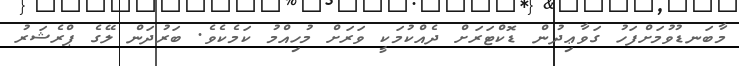
މާބަނޑުވުމަށްފަހު ގަވާޢިދުން ޑޮކްޓަރަށް ދެއްކުމަކީ ވަރަށް މުހިއްމު ކަމެކެވެ. ބަރުދަން ލޭގެ ޕްރެޝަރު